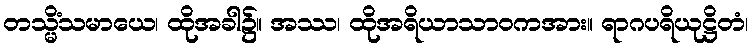
တသ္မိံသမာယေ၊ ထိုအခါ၌။ အဿ၊ ထိုအရိယာသာဝကအား။ ရာဂပရိယုဋ္ဌိတံ၊